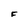
Character: F